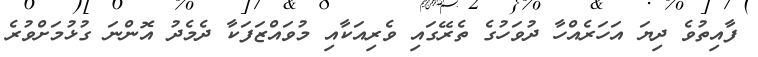
ފާއިތުވެ ދިޔަ އަހަރެއްހާ ދުވަހުގެ ތެރޭގައި ވެރިއަކާއި މުވައްޒަފަކާ ދެމެދު އޮންނަ ގުޅުމަށްވުރެ